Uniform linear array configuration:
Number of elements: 16
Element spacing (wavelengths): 0.25
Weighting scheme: cosine
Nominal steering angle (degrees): -45
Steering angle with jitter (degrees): -46.503
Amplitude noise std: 0.05
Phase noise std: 0.05

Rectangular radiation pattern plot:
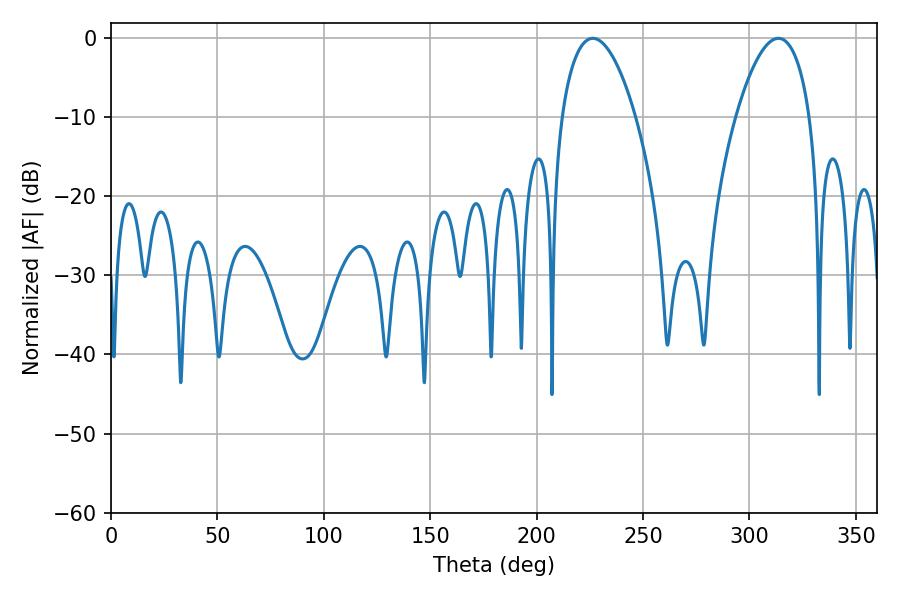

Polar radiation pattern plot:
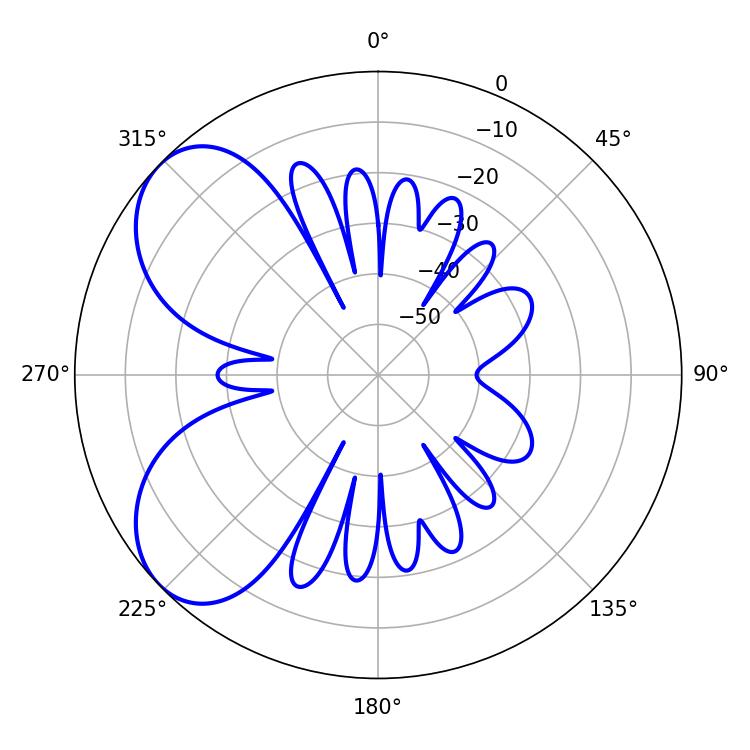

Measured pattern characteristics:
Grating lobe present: FALSE
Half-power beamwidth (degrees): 19.44
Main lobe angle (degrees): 226.44